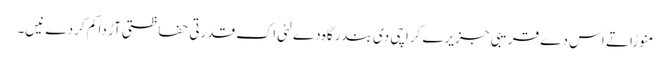
منوڑا تے اس دے قریبی جزیرے کراچی د‏‏ی بندرگاہ دے لئی اک قدرتی حفاظتی آڑ دا کم کردے نی‏‏‏‏ں۔